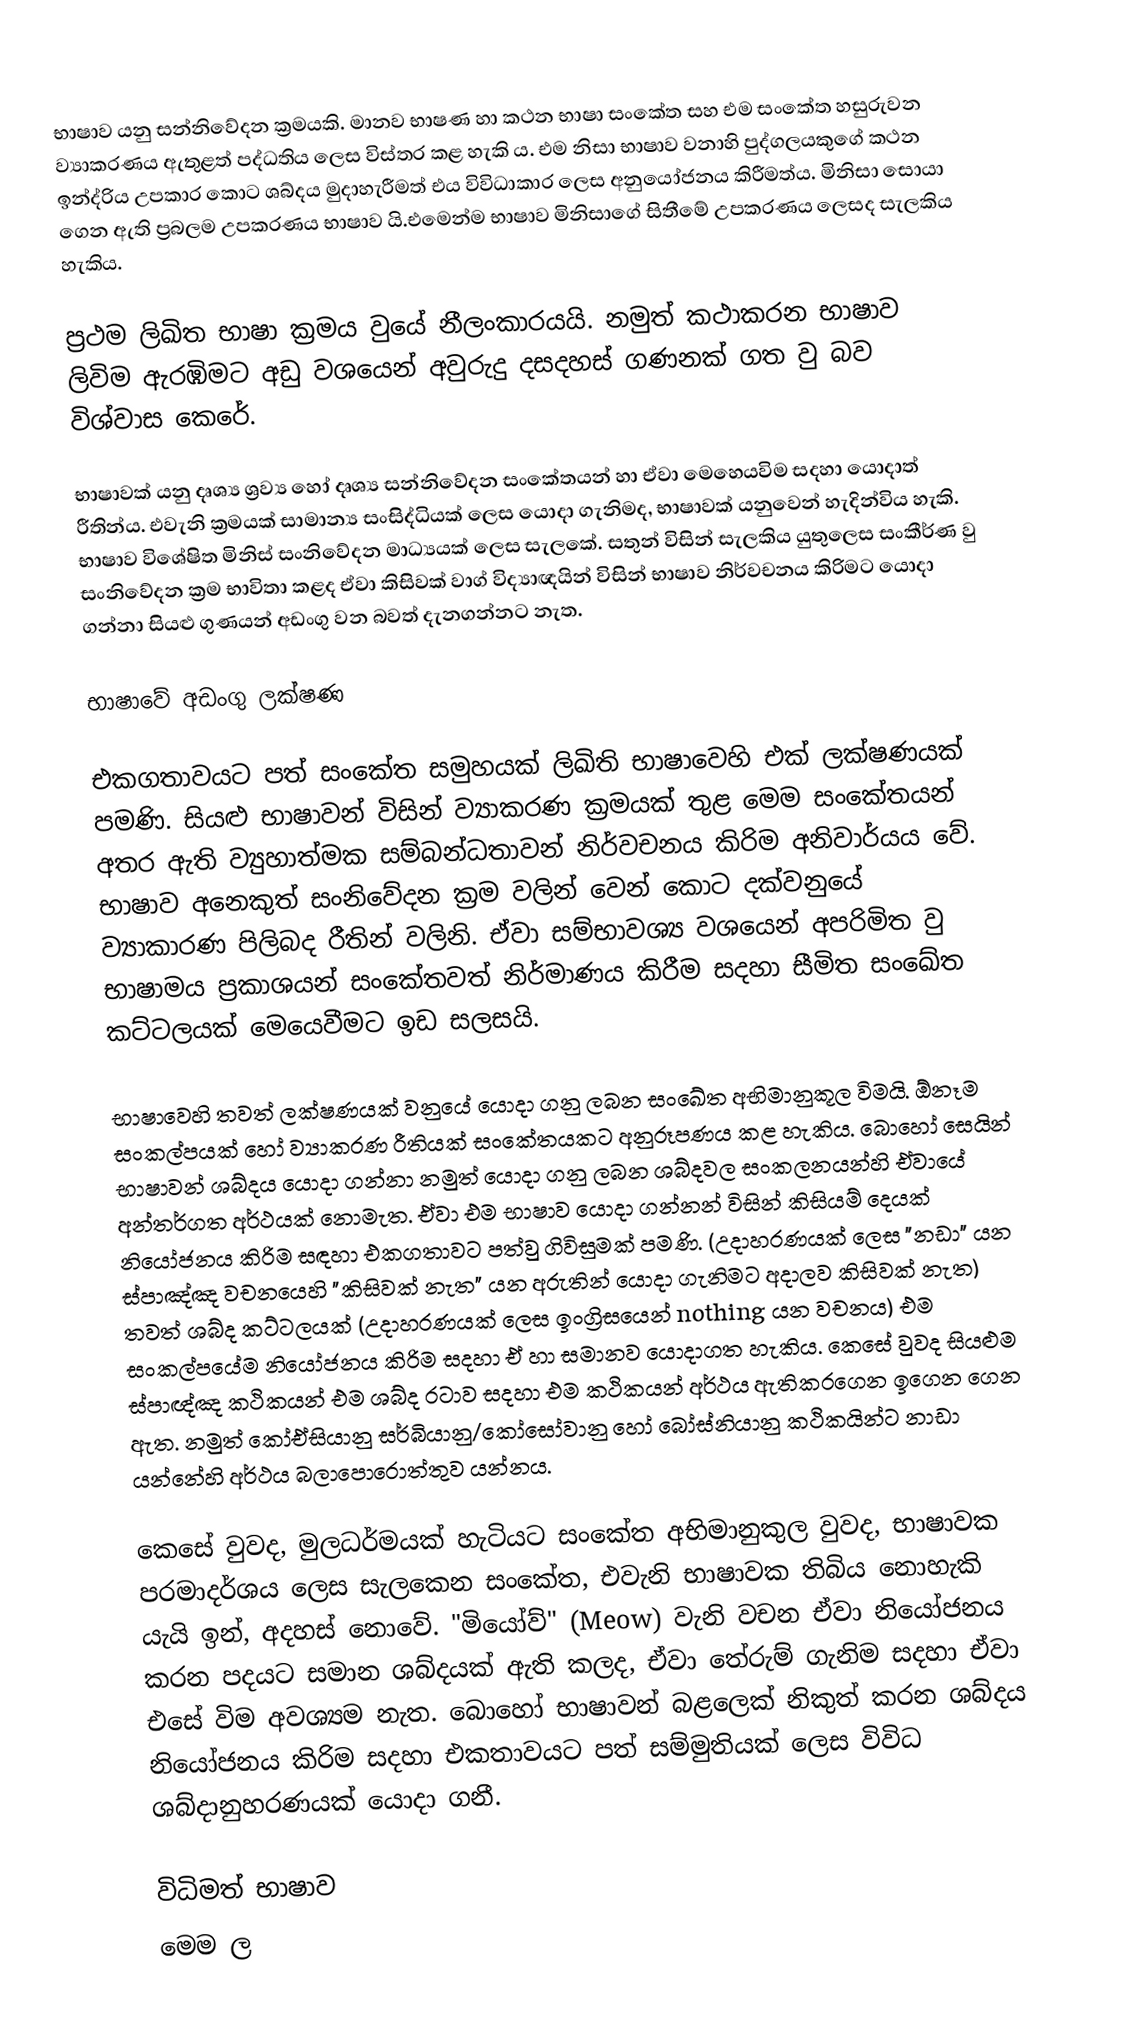
භාෂාව යනු සන්නිවේදන ක්‍රමයකි. මානව භාෂණ හා කථන භාෂා සංකේත සහ එම සංකේත හසුරුවන ව්‍යාකරණය ඇතුළත් පද්ධතිය ලෙස විස්තර කළ හැකි ය. එම නිසා භාෂාව වනාහි පුද්ගලයකුගේ කථන ඉන්ද්රිය උපකාර කොට ශබ්දය මුදාහැරීමත් එය විවිධාකාර ලෙස අනුයෝජනය කිරීමත්ය. මිනිසා සොයා ගෙන ඇති ප්‍රබලම උපකරණය භාෂාව යි.එමෙන්ම භාෂාව මිනිසාගේ සිතීමේ උපකරණය ලෙසද සැලකිය හැකිය.

ප්‍රථම ලිඛිත භාෂා ක්‍රමය වුයේ නීලංකාරයයි. නමුත් කථාකරන භාෂාව  ලිවිම ඇරඹිමට අඩු වශයෙන් අවුරුදු දසදහස් ගණනක් ගත වු බව විශ්වාස කෙරේ.

භාෂාවක් යනු දෘශ්‍ය ශ්‍රව්‍ය හෝ දෘශ්‍ය සන්නිවේදන සංකේතයන් හා ඒවා මෙහෙයවිම සදහා යොදාත් රීතින්ය. එවැනි ක්‍රමයක් සාමාන්‍ය සංසිද්ධියක් ලෙස යොදා ගැනිමද, භාෂාවක් යනුවෙන් හැදින්විය හැකි. භාෂාව විශේෂිත මිනිස් සංනිවේදන මාධ්‍යයක් ලෙස ‍සැලකේ. සතුන් විසින් සැලකිය යුතුලෙස සංකීර්ණ වු සංනිවේදන ක්‍රම භාවිතා කළද ඒවා කිසිවක් වාග් විද්‍යාඥයින් විසින් භාෂාව නිර්වචනය කිරිමට යොදා ගන්නා සියළු ගුණයන් අඩංගු වන බවත් දැනගන්නට නැත.

භාෂාවේ අඩංගු ලක්ෂණ

එකගතාවයට පත් සංකේත සමුහයක් ලිඛිති භාෂාවෙහි එක් ලක්ෂණයක් පමණි. සියළු භාෂාවන් විසින් ව්‍යාකරණ ක්‍රමයක් තුළ මෙම සංකේතයන් අතර ඇති ව්‍යුහාත්මක සම්බන්ධතාවන් නිර්වචනය කිරිම අනිවාර්යය‍ වේ. භාෂාව අනෙකුත් සංනිවේදන ක්‍රම වලින් වෙන් කොට දක්වනුයේ ව්‍යාකාරණ පිලිබද රීතින් වලිනි. ඒවා සම්භාවශ්‍ය වශයෙන් අපරිමිත වු භාෂාමය ප්‍රකාශයන් සංකේතවත් නිර්මාණය කිරීම සදහා සීමිත සංඛේත කට්ටලයක් මෙයෙවීමට ඉඩ සලසයි.

භාෂාවෙහි තවත් ලක්ෂණයක් වනුයේ යොදා ගනු ලබන සංඛේත අභිමානුකූල විමයි. ඕනෑම සංකල්පයක් ‍හෝ ව්‍යාකරණ රීතියක් සංකේතයකට අනුරූපණය කළ හැකිය.  බො‍හෝ සෙයින් භාෂාවන් ශබ්දය යොදා ගන්නා නමුත් යොදා ගනු ලබන ශබ්දවල සංකලනයන්හි ඒවායේ අන්තර්ගත අර්ථයක් නොමැත. ඒවා එම භාෂාව යොදා ගන්නන් විසින් කිසියම් දෙයක් නියෝජනය කිරිම සඳහා එකගතාවට පත්වු ගිවිසුමක් පමණි. (උදාහරණයක් ලෙස "නඩා" යන ස්පාඤ්ඤ වචනයෙහි "කිසිවක් නැත" යන අරුතින් යොදා ගැනිමට අදාලව කිසිවක් නැත) තවත් ශබ්ද කට්ටලයක් (උදාහරණයක් ලෙස ඉංග්‍රිසයෙන් nothing යන වචනය) එම සංකල්පයේම නියෝජනය කිරිම සදහා ඒ හා සමානව යොදාගත හැකිය. කෙසේ වුවද සියළුම ස්පාඥ්ඤ කථිකයන් එම ශබ්ද රටාව සදහා එම කථිකයන් අර්ථය ඇතිකරගෙන ඉගෙන ගෙන ඇත. නමුත් කෝඒසියානු සර්බියානු/කෝසෝවානු හෝ බෝස්නියානු කථිකයින්ට නාඩා යන්නේහි අර්ථය බලාපොරොත්තුව යන්නය.

කෙසේ වුවද, මුලධර්මයක් හැටියට සංකේත අභිමානුකුල වුවද, භාෂාවක පරමාදර්ශය ලෙස සැලකෙන සංකේත, එවැනි භාෂාවක තිබිය නොහැකි යැයි ඉන්, අදහස් නොවේ. "මියෝව්" (Meow) වැනි වචන ඒවා නියෝජනය කරන පදයට සමාන ශබ්දයක් ඇති කලද, ඒවා තේරුම් ගැනිම සදහා ඒවා එසේ විම අවශ්‍යම නැත. බොහෝ භාෂාවන් බළලෙක් නිකුත් කරන ශබ්දය නියෝජනය කිරිම සදහා එකතාවයට පත් සම්මුතියක් ලෙස විවිධ ශබ්දානුහරණයක් යොදා ගනී.

විධිමත් භාෂාව
මෙම ල